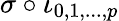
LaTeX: \sigma\circ\iota_{0,1,...,p}